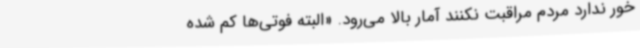
خور ندارد مردم مراقبت نکنند آمار بالا می‌رود. «البته فوتی‌ها کم شده